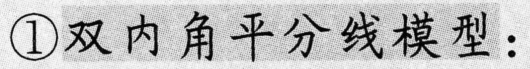
\textcircled{1}双内角平分线模型：